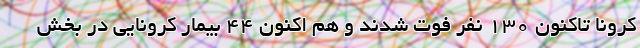
کرونا تاکنون ‌۱۳۰ نفر فوت شدند و هم اکنون ۴۴ بیمار کرونایی در بخش